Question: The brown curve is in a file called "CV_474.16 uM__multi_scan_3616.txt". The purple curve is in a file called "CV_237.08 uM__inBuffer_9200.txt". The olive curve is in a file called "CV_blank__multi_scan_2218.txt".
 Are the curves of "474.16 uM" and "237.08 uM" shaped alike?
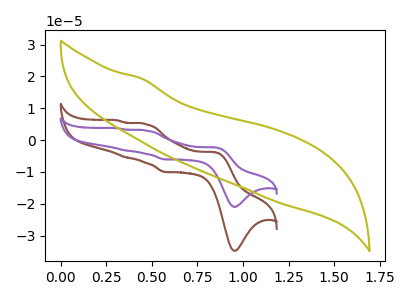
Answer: <think>The brown curve "474.16 uM" has anodic peaks at (0.85V, -3.75uA) (0.45V, 5.05uA) (0.35V, -5.40uA) (0.30V, 6.25uA) and cathodic peaks at (0.95V, -34.75uA) (0.55V, -10.00uA). The purple curve "237.08 uM" has anodic peaks at (0.85V, -2.25uA) (0.45V, 3.05uA) (0.35V, -3.25uA) (0.30V, 3.75uA) and cathodic peaks at (0.95V, -20.95uA) (0.55V, -6.00uA). The olive curve "blank" has no peaks.
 "474.16 uM" and "237.08 uM" have at least one peak that do not match.</think>
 <answer>"474.16 uM" and "237.08 uM" are different in shape.</answer>
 <eval>different_shape</eval>